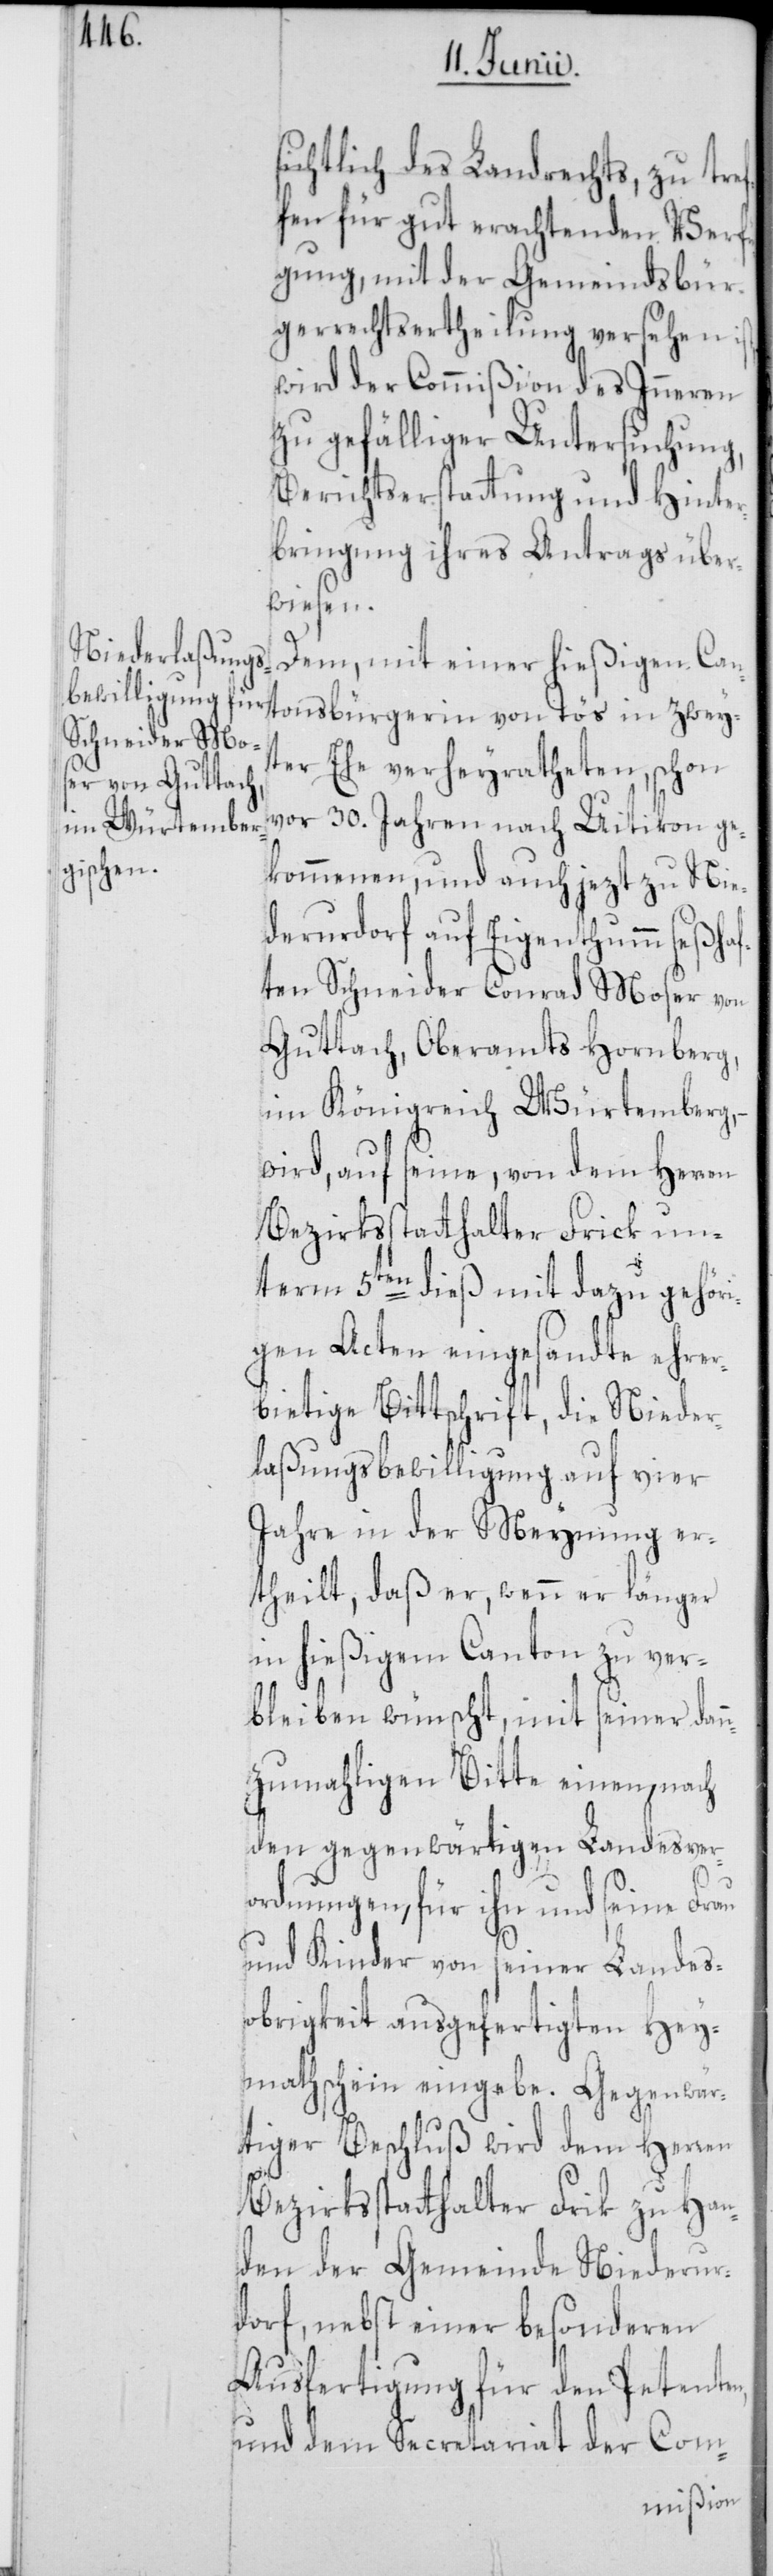
Han¬
sichtlich des Landrechts, zu tref¬
fen für gut erachtenden Verfü¬
gung, mit der Gemeindsbür¬
gerrechtsertheilung versehen
wird der Commißion des Inneren
zu gefälliger Untersuchung,
Berichtserstattung und Hinter¬
bringung ihres Antrags über¬
wiesen.
Dem, mit einer hießigen Can¬
ter Ehe verheyratheten, schon
vor 30. Jahren nach Uitikon ge¬
kommenen, und auch jezt zu Nie¬
derurdorf auf Eigenthumm seßhaf¬
ten Schneider Conrad Moser von
Guttach, Oberamts Hornberg,
im Königreich Würtemberg,
wird, auf seine, von dem Herren
Bezirksstatthalter Frik
term 5ten dieß mit dazu gehöri¬
gen Acten eingesandte ehrer¬
bietige Bittschrift, die Nieder¬
laßungsbewilligung auf vier
Jahre in der Meynung er¬
theilt, daß er, wenn er länger
in hießigem Canton zu ver¬
bleiben wünscht, mit seiner dann¬
zumahligen Bitte einen, nach
den gegenwärtigen Landesver¬
ordnungen, für ihn und seine Frau
und Kinder von seiner Landes¬
obrigkeit ausgefertigten Hey¬
mathschein eingebe. Gegenwär¬
tiger Beschluß wird dem Herren
den der Gemeinde Niederur¬
dorf, nebst einer besonderen
Ausfertigung für den Petenten,
und dem Secretariat der